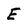
Character: E